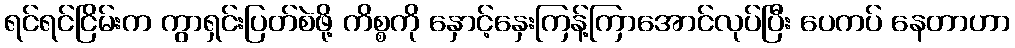
ရင်ရင်ငြိမ်းက ကွာရှင်းပြတ်စဲဖို့ ကိစ္စကို နှောင့်နှေးကြန့်ကြာအောင်လုပ်ပြီး ပေကပ် နေတာဟာ